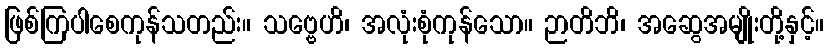
ဖြစ်ကြပါစေကုန်သတည်း။ သဗ္ဗေဟိ၊ အလုံးစုံကုန်သော။ ဉာတိဘိ၊ အဆွေအမျိုးတို့နှင့်။